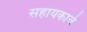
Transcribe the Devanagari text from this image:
सहायकाचे